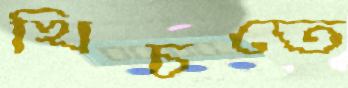
খিচতে